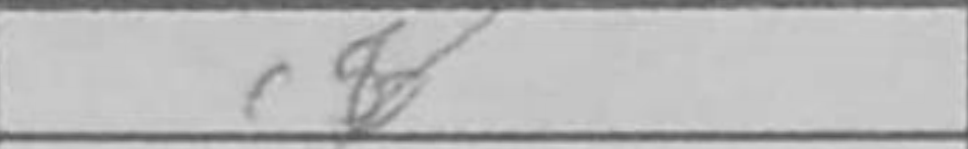
Transcription: c8